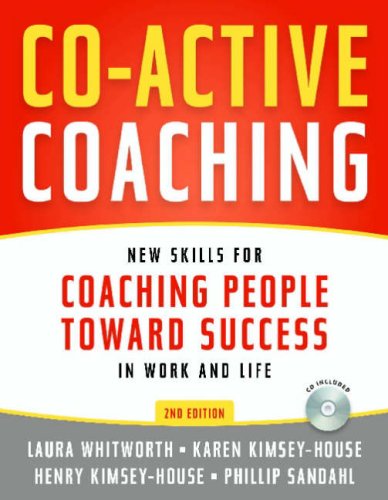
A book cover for Co-Active Coaching: New Skills for Coaching People Toward Success in Work and, Life; Laura Whitworth; Business & Money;